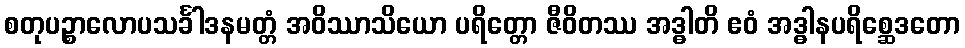
စတုပဉ္စာလောပသင်္ခါဒနမတ္တံ အဝိဿာသိယော ပရိတ္တော ဇီဝိတဿ အဒ္ဓါတိ ဧဝံ အဒ္ဓါနပရိစ္ဆေဒတော